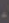
.